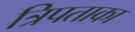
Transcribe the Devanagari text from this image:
त्रिपताका